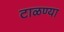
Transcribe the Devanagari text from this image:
टाळण्या